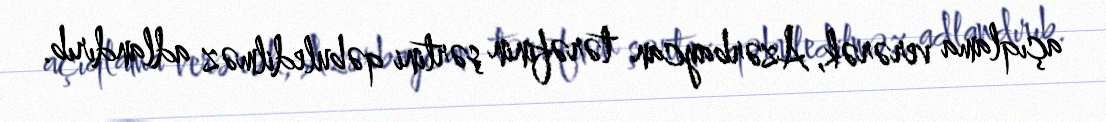
açıqlama verərək, Azərbaycan tərəfinin şərtini qəbuledilməz adlandırıb.